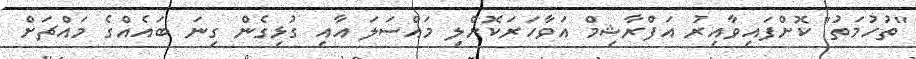
"ތުހުމަތު" ކޮށްފައިވާއިރު އަފްރާޝިމް އަވާހަރަކޮށްލި މައްސަލަ އާއި ގުޅިގެން ގިނަ ބައެއްގެ މައްޗަށް